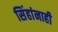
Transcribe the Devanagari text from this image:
सिंहांनाही